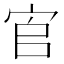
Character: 𡧺